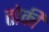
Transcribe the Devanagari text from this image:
तोर्की